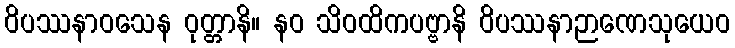
ဝိပဿနာဝသေန ဝုတ္တာနိ။ နဝ သိဝထိကပဗ္ဗာနိ ဝိပဿနာဉာဏေသုယေဝ